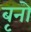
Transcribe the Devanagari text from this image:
बृनो